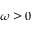
\omega \geq 0